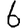
Digit: 6